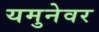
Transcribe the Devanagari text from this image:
यमुनेवर